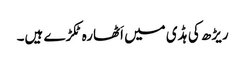
ریڑھ کی ہڈی میں اَٹھارہ ٹکڑے ہیں۔